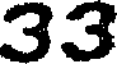
33